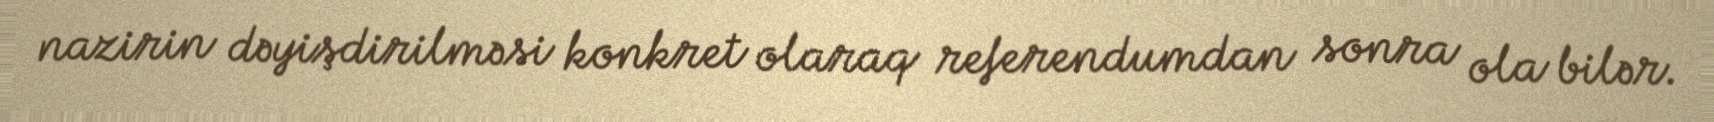
nazirin dəyişdirilməsi konkret olaraq referendumdan sonra ola bilər.